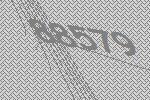
88579